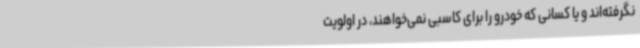
نگرفته‌اند و یا کسانی که خودرو را برای کاسبی نمی‌خواهند، در اولویت